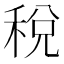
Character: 稅